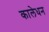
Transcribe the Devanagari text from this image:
कालेधन